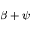
\beta + \psi